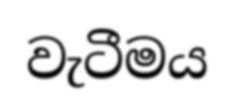
වැටීමය